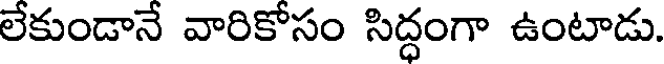
లేకుండానే వారికోసం సిద్ధంగా ఉంటాడు.